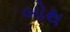
બોથ